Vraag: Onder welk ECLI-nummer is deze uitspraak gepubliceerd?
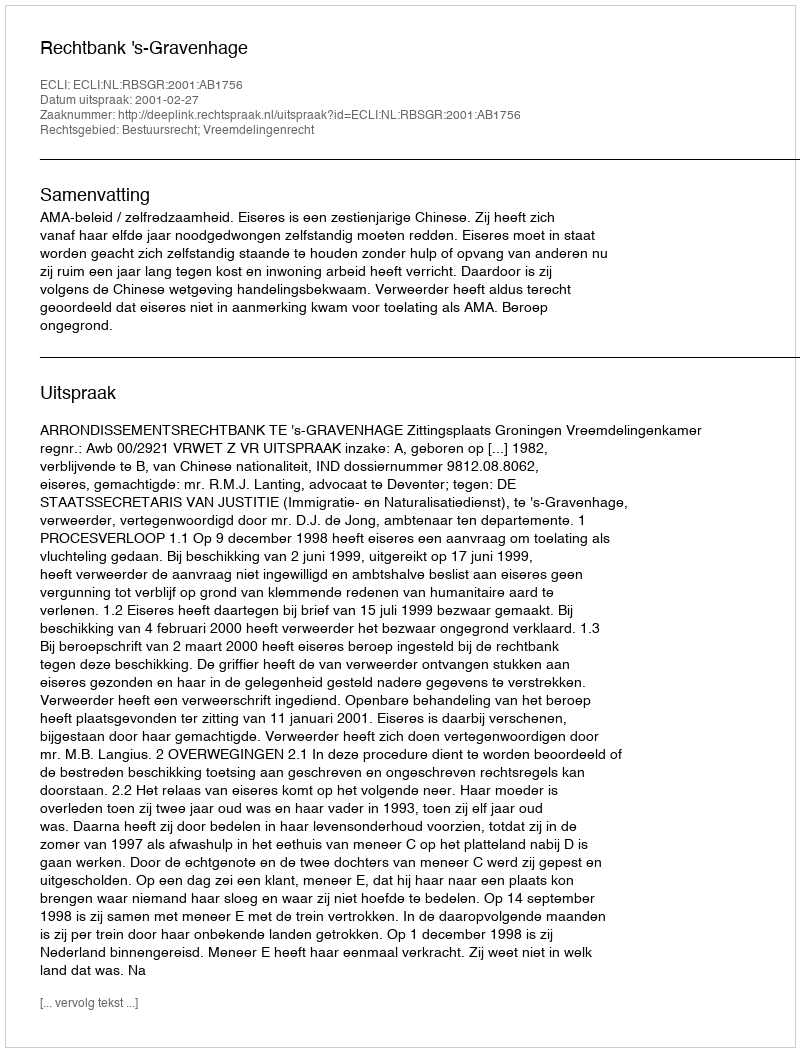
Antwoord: ECLI:NL:RBSGR:2001:AB1756